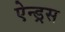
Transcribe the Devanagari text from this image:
ऐन्ड्रस